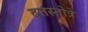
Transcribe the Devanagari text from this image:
दत्तस्तोत्रे